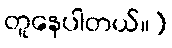
တူနေပါတယ်။]